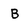
Character: b